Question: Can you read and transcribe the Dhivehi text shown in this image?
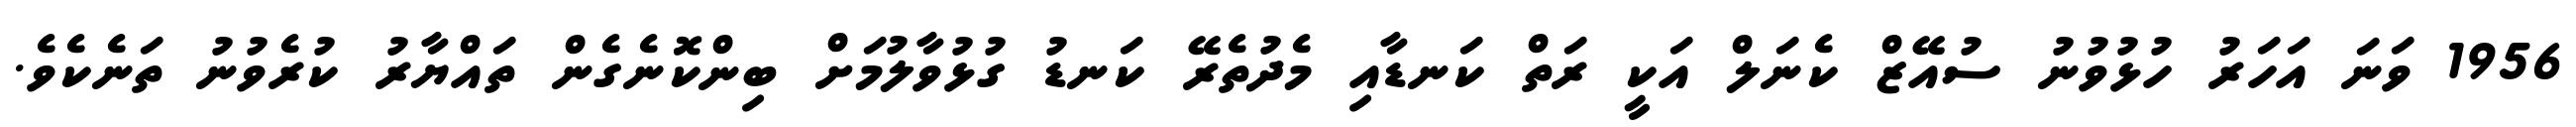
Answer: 1956 ވަނަ އަހަރު ހުޅުވުނު ސުއޭޒް ކެނަލް އަކީ ރަތް ކަނޑާއި މެދުތެރޭ ކަނޑު ގުޅުވާލުމަށް ބިންކޮނެގެން ތައްޔާރު ކުރެވުނު ތަނެކެވެ.